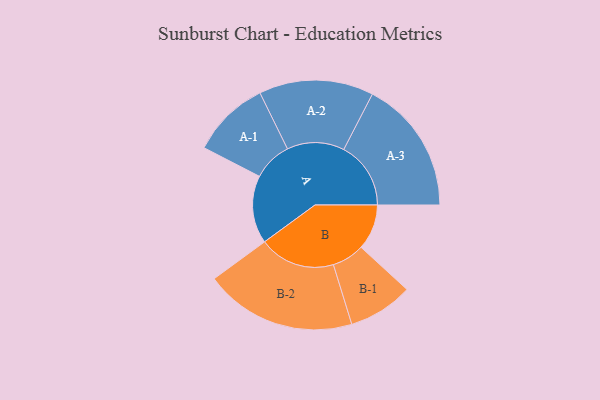
{"axis": {"x": "Segment", "y": "Value"}, "legend": ["", "A", "B"], "data": [{"x": "A", "y": 243, "type": ""}, {"x": "B", "y": 163, "type": ""}, {"x": "A-1", "y": 140, "type": "A"}, {"x": "A-2", "y": 205, "type": "A"}, {"x": "A-3", "y": 240, "type": "A"}, {"x": "B-1", "y": 116, "type": "B"}, {"x": "B-2", "y": 272, "type": "B"}]}